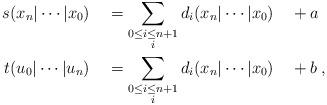
LaTeX: \begin{align*}s(x_n\vert\cdots\vert x_0) &\quad= \sum_{\substack{0\leq i\leq n+1 \\ i }}d_i(x_n\vert\cdots\vert x_0) \quad+a \\t(u_0\vert\cdots\vert u_n) &\quad= \sum_{\substack{0\leq i\leq n+1 \\ i }}d_i(x_n\vert\cdots\vert x_0) \quad+b \:,\end{align*}